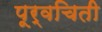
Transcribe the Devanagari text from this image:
पूर्वचिती